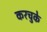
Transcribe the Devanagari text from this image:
करचुके